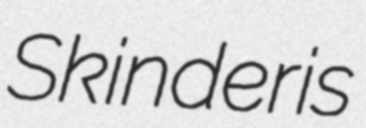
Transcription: Skinderis